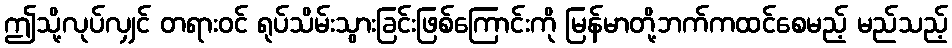
ဤသို့လုပ်လျှင် တရားဝင် ရုပ်သိမ်းသွားခြင်းဖြစ်ကြောင်းကို မြန်မာတို့ဘက်ကထင်စေမည့် မည်သည့်